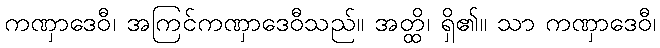
ကဏှာဒေဝီ၊ အကြင်ကဏှာဒေဝီသည်။ အတ္ထိ၊ ရှိ၏။ သာ ကဏှာဒေဝီ၊